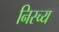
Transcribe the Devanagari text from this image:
निस्च्य